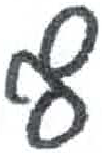
אות: ף